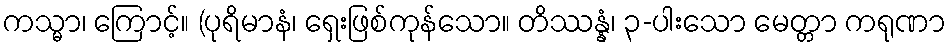
ကသ္မာ၊ ကြောင့်။ (ပုရိမာနံ၊ ရှေးဖြစ်ကုန်သော။ တိဿန္နံ၊ ၃-ပါးသော မေတ္တာ ကရုဏာ